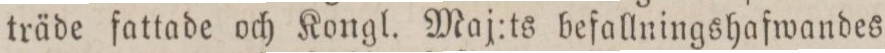
träde fattade och Kongl. Maj:ts befallningshafwandes